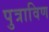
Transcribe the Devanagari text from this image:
पुत्राविण